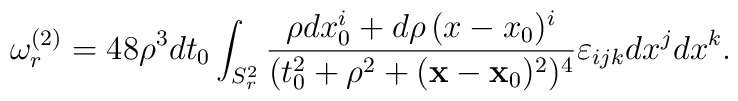
\omega^{(2)}_{r}=48 \rho^3 dt_0\int_{S^2_r}{\rho dx_0^i+d\rho\,(x-x_0)^i\over(t_0^2+\rho^2+ ({\bf x}-{\bf x}_0)^2)^4}\varepsilon_{ijk}dx^jdx^k.